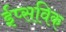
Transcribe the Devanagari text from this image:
ईप्सविक